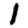
Digit: 1